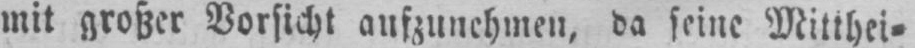
mit großer Vorsicht aufzunehmen, da seine Mitthei⸗